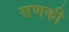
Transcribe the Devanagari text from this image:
सणकी